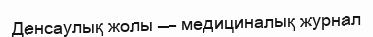
Денсаулық жолы — медициналық журнал